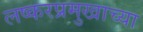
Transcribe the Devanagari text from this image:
लष्करप्रमुखाच्या